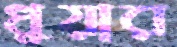
ধুয়ার